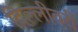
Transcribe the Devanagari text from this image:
दिल्लीवरी